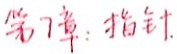
第7章：指针.